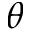
\theta